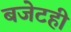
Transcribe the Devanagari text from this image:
बजेटही